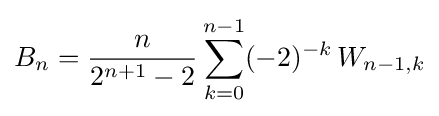
B_{n}={\frac {n}{2^{n+1}-2}}\sum _{k=0}^{n-1}(-2)^{-k}\,W_{n-1,k}